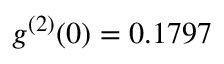
g ^ { ( 2 ) } ( 0 ) = 0 . 1 7 9 7